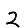
Digit: 2